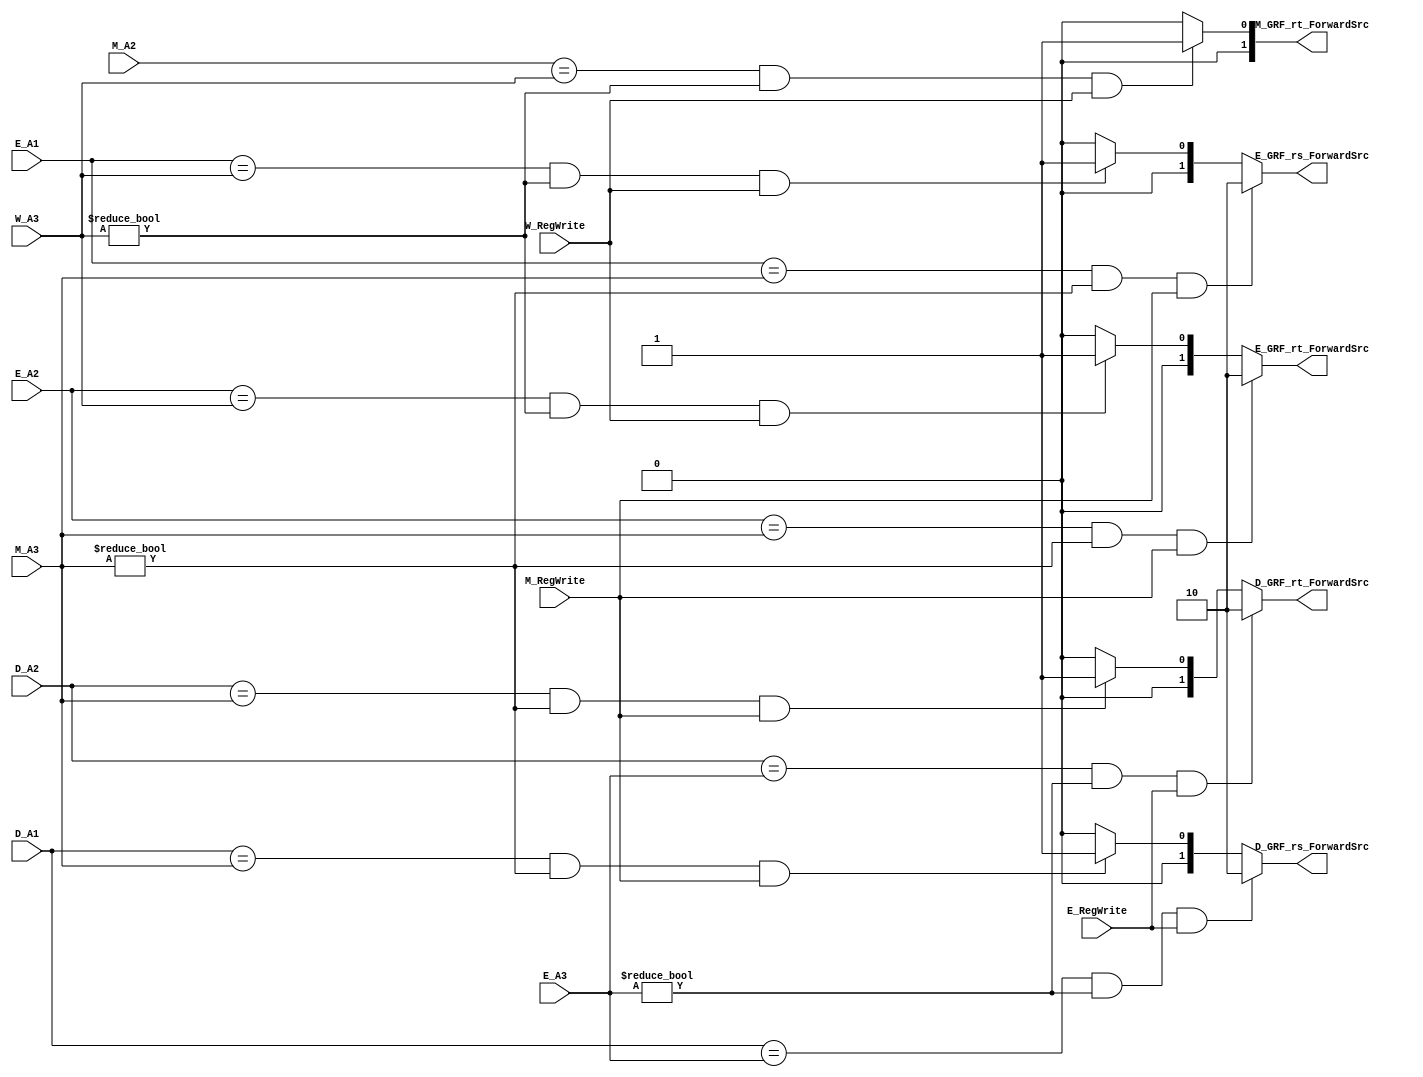
module FWDCONTROL(
    input [4:0] D_A1,  
    input [4:0] D_A2, 
    input [4:0] E_A1, 
    input [4:0] E_A2, 
    input [4:0] E_A3, 
    input E_RegWrite, 
    input [4:0] M_A2, 
    input [4:0] M_A3, 
    input M_RegWrite, 
    input [4:0] W_A3, 
    input W_RegWrite,
	output [1:0] D_GRF_rs_ForwardSrc, 
    output [1:0] D_GRF_rt_ForwardSrc, 
    output [1:0] E_GRF_rs_ForwardSrc, 
    output [1:0] E_GRF_rt_ForwardSrc, 
    output [1:0] M_GRF_rt_ForwardSrc);

    assign D_GRF_rs_ForwardSrc = (((D_A1 == E_A3) && (E_A3 != 0)) & E_RegWrite) ? 2 : 
                                 (((D_A1 == M_A3) && (M_A3 != 0)) & M_RegWrite) ? 1 : 0; 
                                 
    assign D_GRF_rt_ForwardSrc = (((D_A2 == E_A3) && (E_A3 != 0)) & E_RegWrite) ? 2 : 
                                 (((D_A2 == M_A3) && (M_A3 != 0)) & M_RegWrite) ? 1 : 0; 

    assign E_GRF_rs_ForwardSrc = (((E_A1 == M_A3) && (M_A3 != 0)) & M_RegWrite) ? 2 : 
                                 (((E_A1 == W_A3) && (W_A3 != 0)) & W_RegWrite) ? 1 : 0; 

    assign E_GRF_rt_ForwardSrc = (((E_A2 == M_A3) && (M_A3 != 0)) & M_RegWrite) ? 2 : 
                                 (((E_A2 == W_A3) && (W_A3 != 0)) & W_RegWrite) ? 1 : 0; 

    assign M_GRF_rt_ForwardSrc = (((M_A2 == W_A3) && (W_A3 != 0)) & W_RegWrite) ? 1 : 0; 

    

endmodule